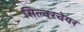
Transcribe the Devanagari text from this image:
सिल्वरचेयर